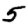
Digit: 5